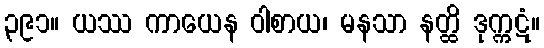
၃၉၁။ ယဿ ကာယေန ဝါစာယ၊ မနသာ နတ္ထိ ဒုက္ကဋံ။